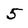
Character: 5